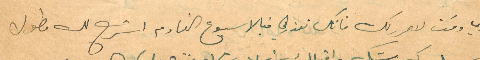
عندي وقت لاححرك لك فانك تعذرني فبالاسبوع القادم اشرح لك مطول